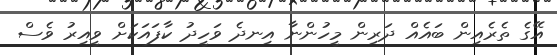
އޭގެ ތެރެއިން ބައެއް ދަރިން މީހުންނާ އިނދެ ވަހީދު ކާފައަކަށް ވީއިރު ވެސް